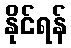
နိုင်ရန်